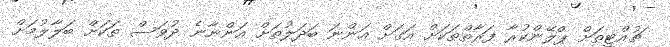
ޗުއްޓީތަށް ޕްލޭންކުރާ ފަރާތްތަކަށް އަގަށް އަންނަ ބަދަލުތަށް އަންނާނެ ދުވަސް ތަކަށް ބަލާލުމަށް